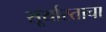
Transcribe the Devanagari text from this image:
सूर्यास्ताचा